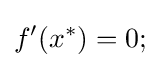
f^{\prime }(x^{\ast })=0;